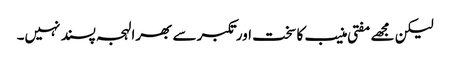
لیکن مجھے مفتی منیب کا سخت اور تکبر سے بھرا لہجہ پسند نہیں۔